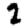
Digit: 2